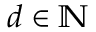
d \in \mathbb { N }